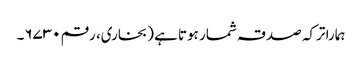
ہمارا ترکہ صدقہ شمار ہوتا ہے (بخاری، رقم ۶۷۳۰۔